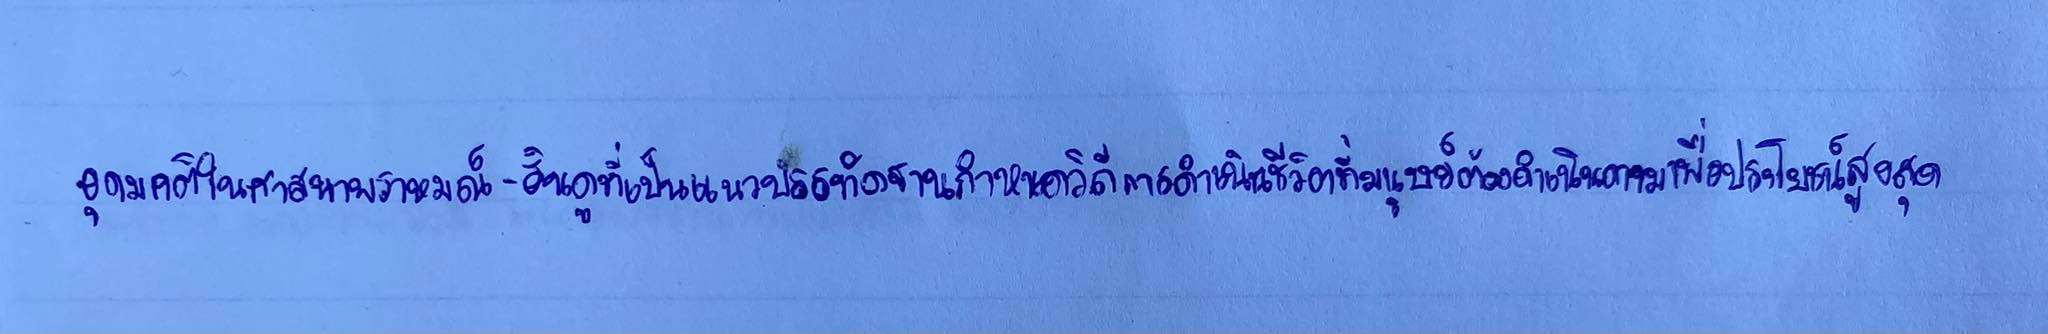
อุดมคติในศาสนาพราหมณ์-ฮินดูที่เป็นแนวบรรทัดฐานกำหนดวิถีการดำเนินชีวิตที่มนุษย์ต้องดำเนินตามเพื่อประโยชน์สูงสุด